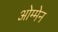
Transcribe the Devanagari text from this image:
ओम्मेन